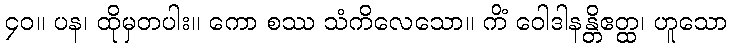
၄၀။ ပန၊ ထိုမှတပါး။ ကော စဿ သံကိလေသော။ ကိံ ဝေါဒါနန္တိဧတ္ထ၊ ဟူသော